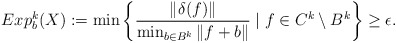
\begin{align*}Exp_b^k(X) := \min \left\lbrace \frac{\|\delta(f)\|}{\min_{b\in B^k}\|f+b\|}\; | \; f \in C^k \setminus B^k \right\rbrace \geq \epsilon.\end{align*}